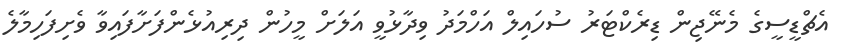
އެޗްޑީސީގެ މެނޭޖިން ޑިރެކްޓަރު ސުހައިލް އަހްމަދު ވިދާޅުވީ އަލަށް މީހުން ދިރިއުޅެންފަށާފައިވާ ވެށިފަހިމާލެ